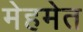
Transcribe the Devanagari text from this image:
मेहमेत